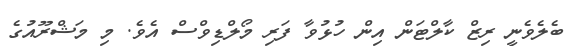
ބެލެވެނީ ރިޒް ކާލްޓަން އިން ހުޅުވާ ފަރި މޯލްޑިވްސް އެވެ. މި މަޝްރޫއުގެ